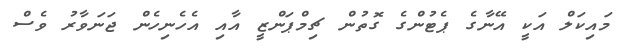
މައިކަލް އަކީ އޭނާގެ ޕެޓުންގެ ގޮތުން ޗިމްޕަންޒީ އާއި އެހެނިހެން ޖަނަވާރު ވެސް